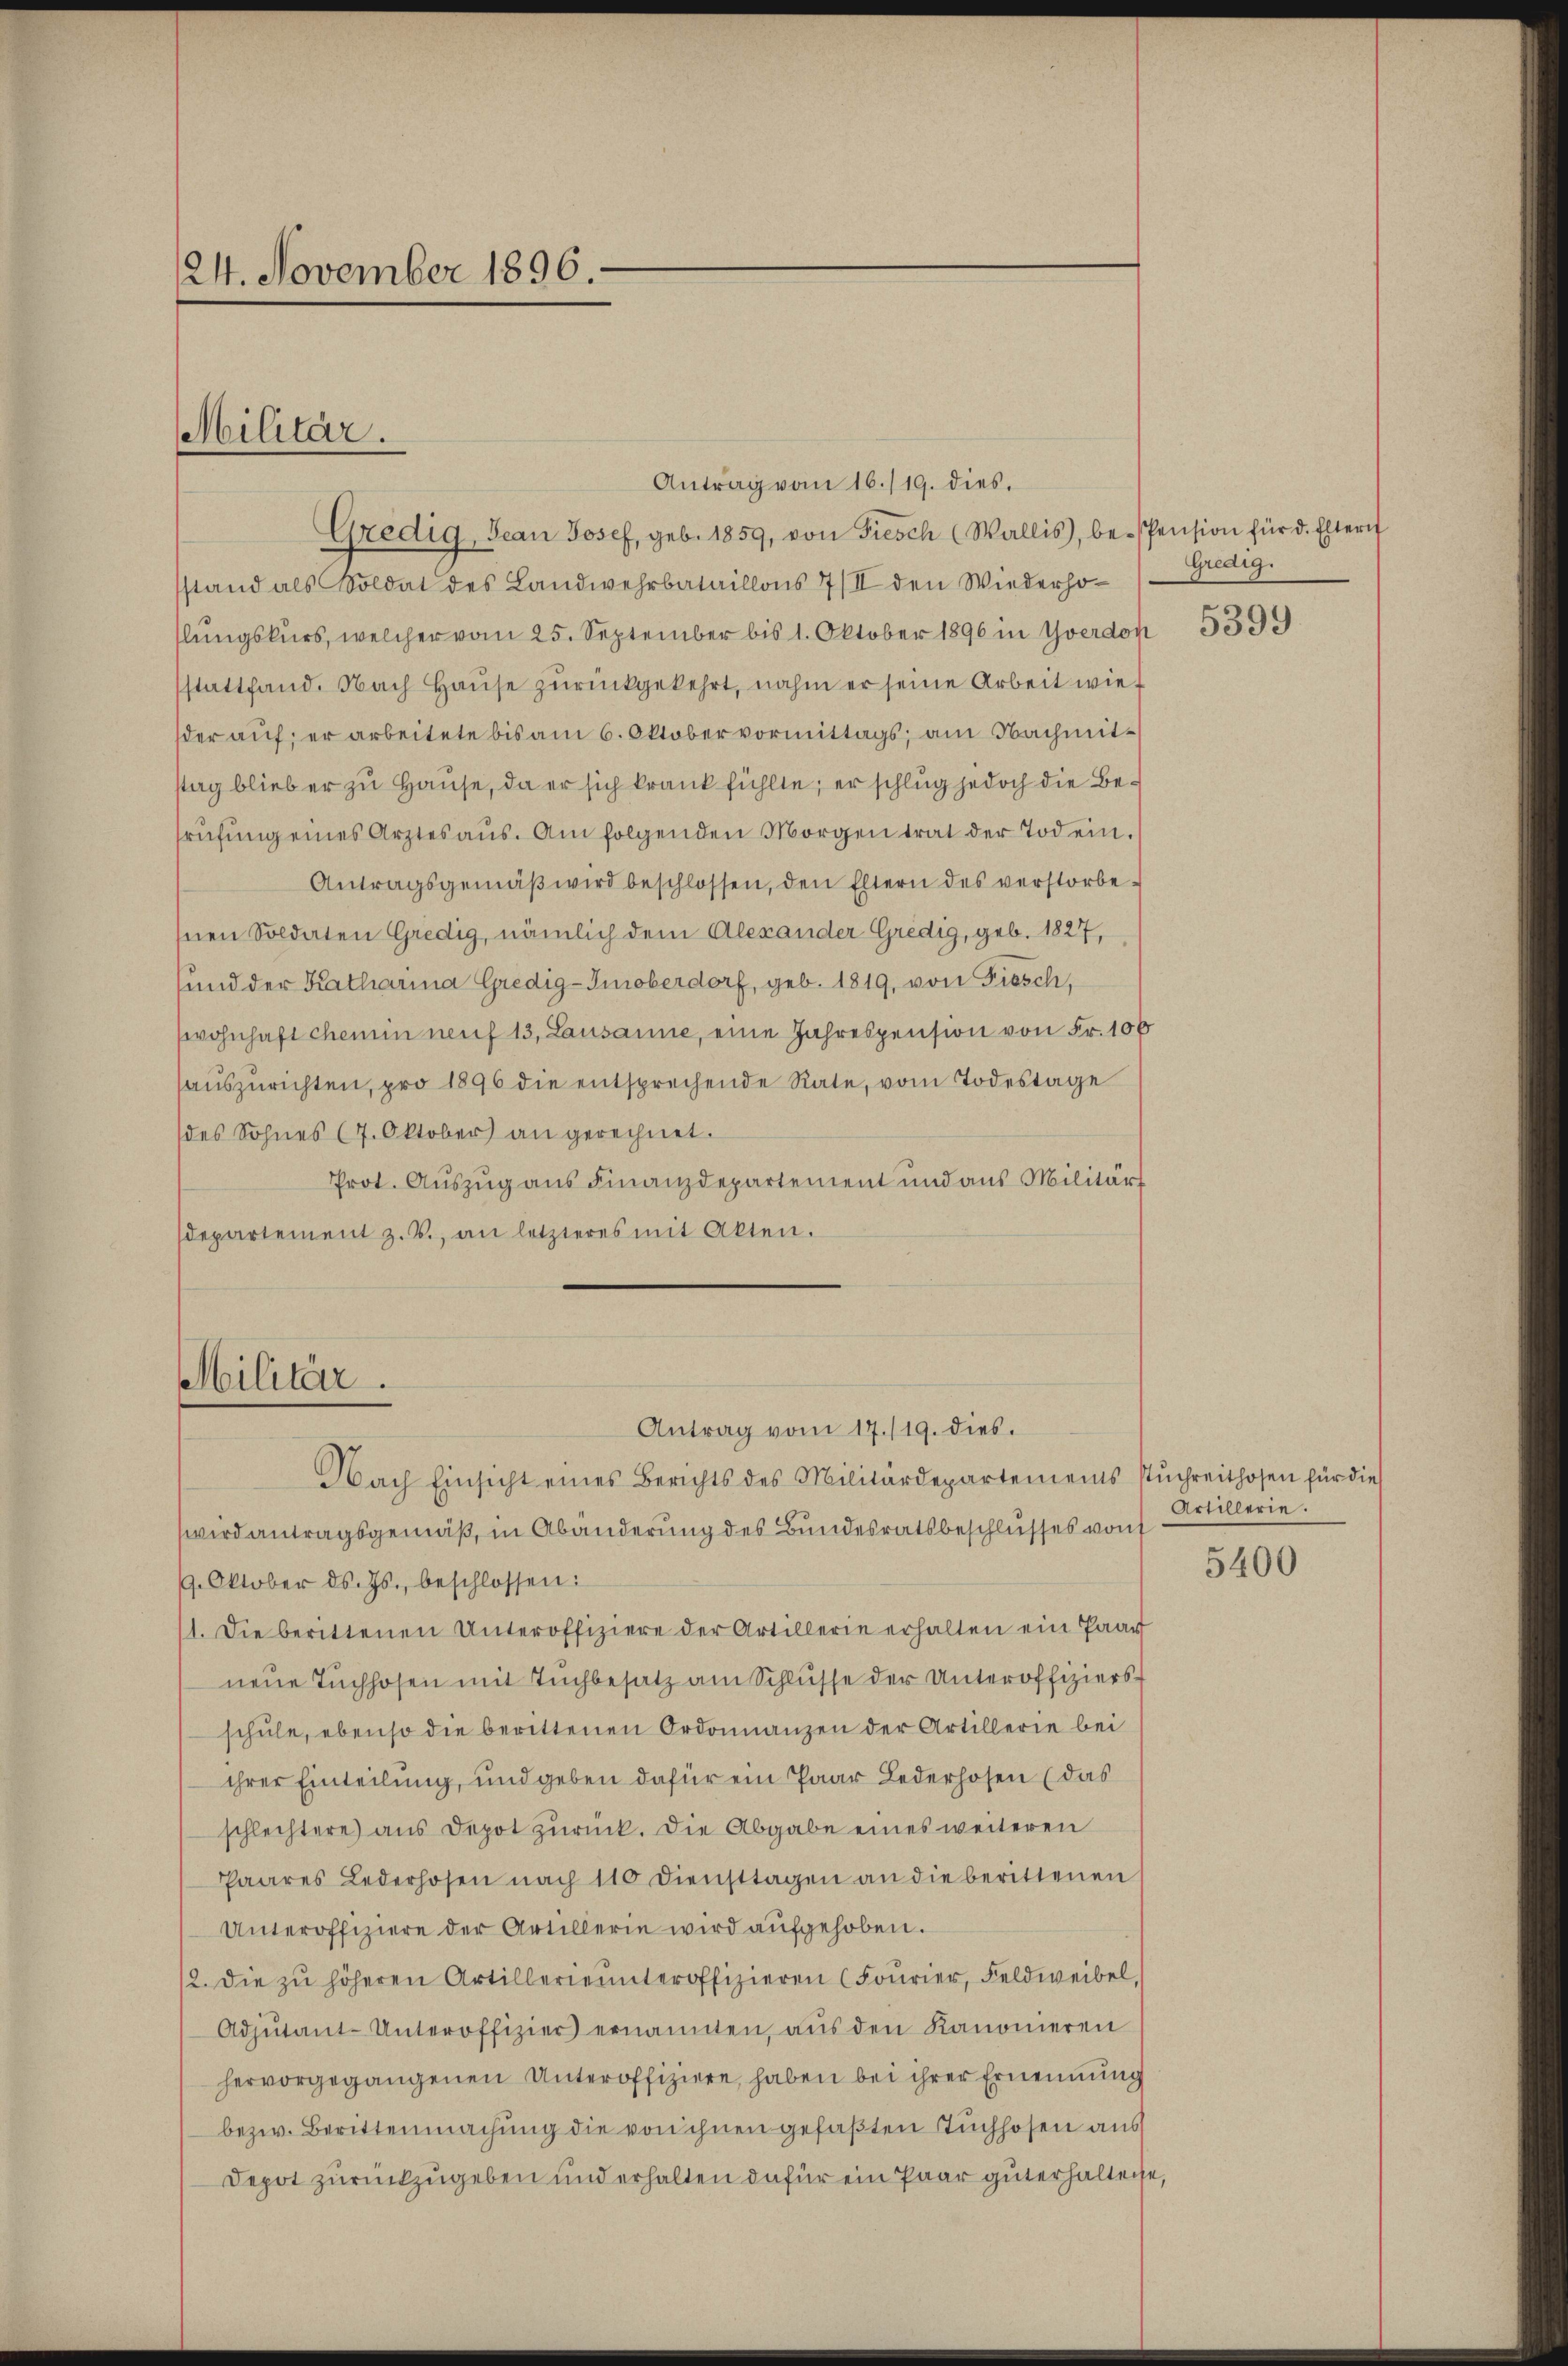
24. November 1896.

Antrag vom 16./19. dies.
Gredig, Jean Josef, geb. 1859, von Fiesch (Wallis, bespension für d. Eltern
sstand als Soldat des Landwehrbataillons 7/II den Wiederholungskurs, welcher vom 25. September bis 1. Oktober 1896 in Yverdon
stattfand. Nach Haŭse zŭrückgekehrt, nahm er seine Arbeit wieder auf; er arbeitete bis am 6. Oktobervormittags, am Nachmitstag blieb er zu Hause, da er sich krank fühlte, er schlug jedoch die Berüfŭng eines Arztes aŭs. Am folgenden Morgen trat der Tod ein.
Antragsgemäβ wird beschlossen, den Eltern des verstorbe
snen Soldaten Gredig, nämlich dem Alexander Gredig, geb. 1827,
sund der Katharina Gredig-Imoberdorf, geb. 1819, von Fiesch,
Zwohnhaft chemin auf 13, Lausanne, eine Jahrespension von Fr. 106
aŭszŭrichten, pro 1896 die entsprechende Rate, vom Todestage
des Sohnes (7. Oktober) an gerechnet.
Prot. Auszug aus Finanzdepartement und aus Militärt
departement z. B., an letzteres mit Akten.

Militär.

Militär.

Nach Einsicht eines Berichts des Militärdepartements sŭchreithosen für die
wird antragsgemäß, in Abänderung des Bundesratsbeschlusses von
9. Oktober ds. Js., beschlossen:
1. Die berittenen Unteroffiziere der Artillerie erhalten ein Paar
neŭe Tŭchhofen mit Tuchbesatz am Schlüsse der Unteroffiziersschŭle, ebenso die berittenen Ordonnanzen der Artillerie bei
ihrer Einteilung, und geben dafür ein Paar Bederhosen (das
schlechtere aus Depot zurück. Die Abgabe eines weiteren
Paares Lederhosen nach 110 Diensttagen an die berittenen
Unteroffiziere der Artillerin wird aufgehoben.
12. Die zŭ höheren Artillerieŭnteroffizieren (Fourier, Feldweibel,
Adjutant-Unteroffizier ernannten, aŭs den Kanonieren
hervorgegangenen Unteroffiziere, haben bei ihrer Ernennung
bezw. Berittenmachung die von ihnen gefaßten Tuchhofen aus
Depot zurückzugeben und erhalten dafür ein Paar güterhalteige,

Antrag vom 17./19. dies

Gredig.

5399

Artillerie.

5400